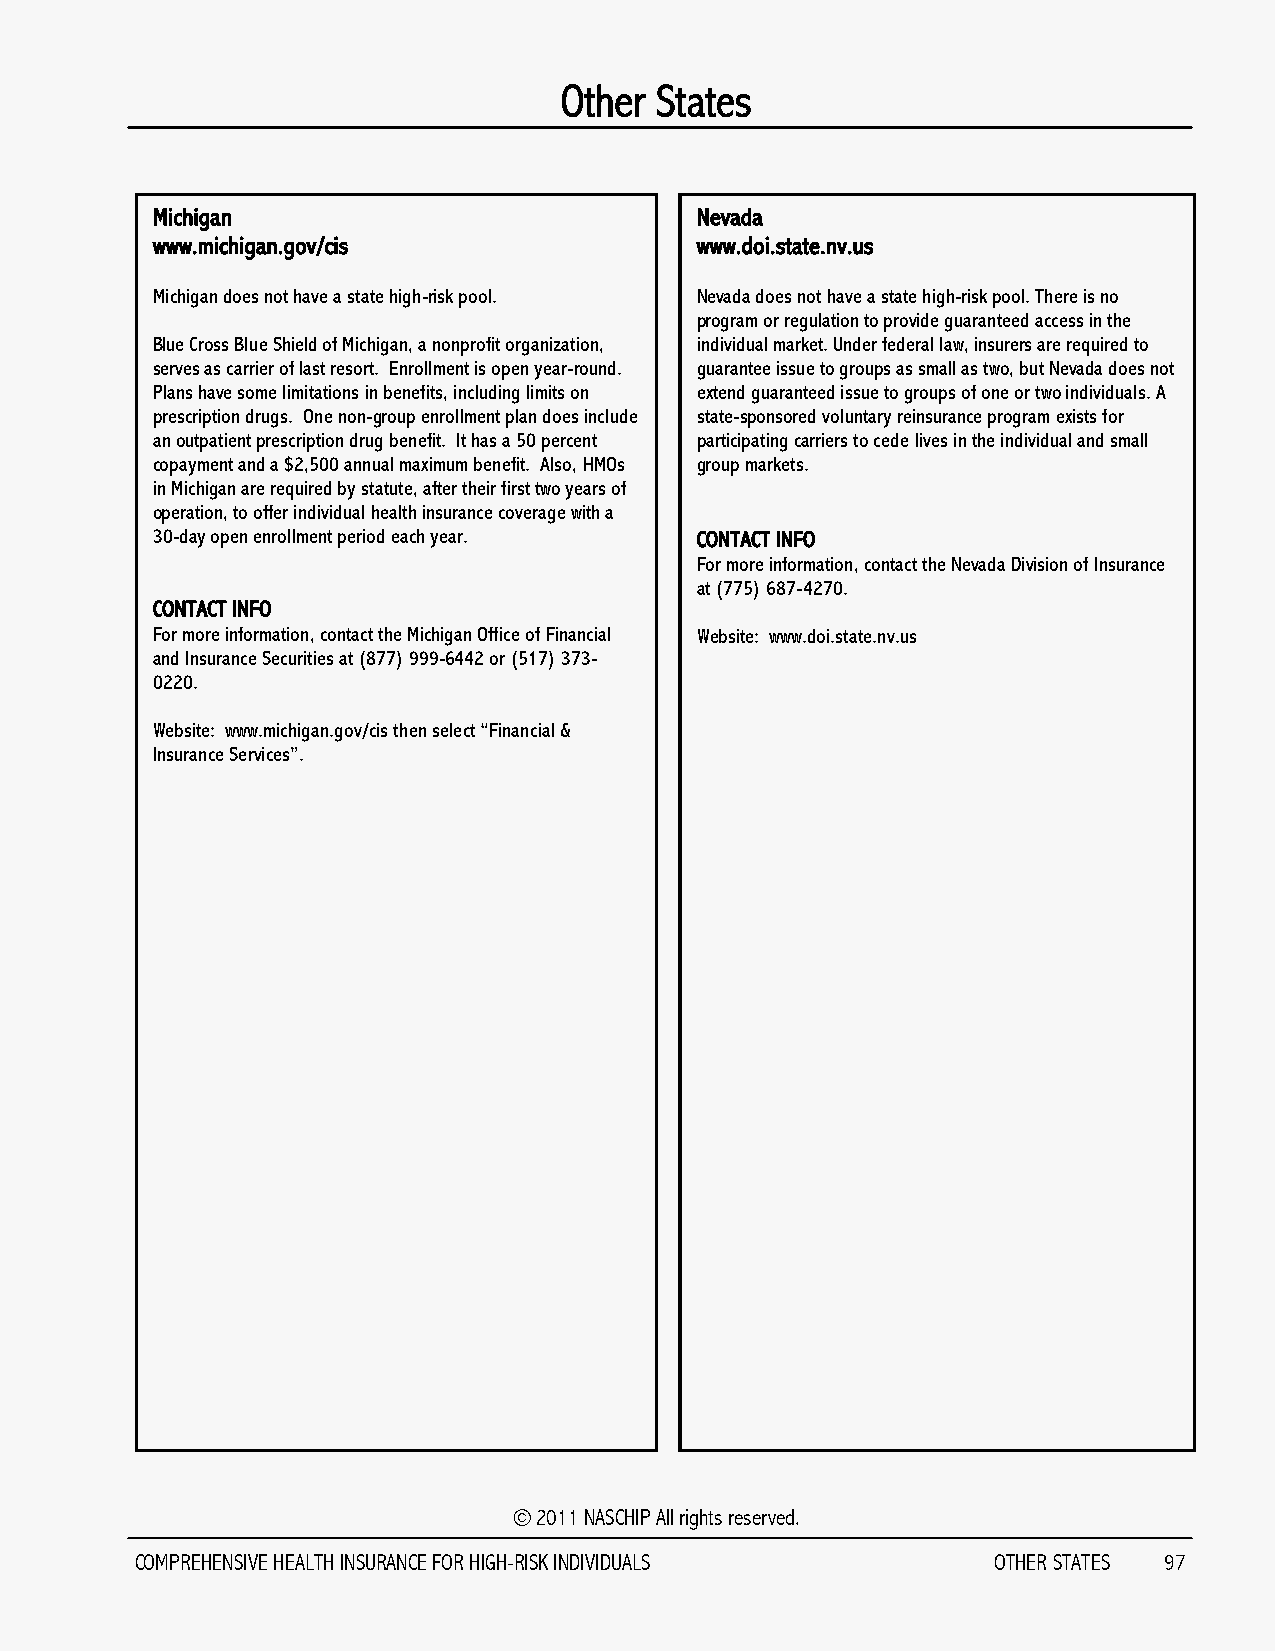
Other States
 Michigan                            Nevada
 www.michigan.gov/cis                www.doi.state.nv.us
 Michigan does not have a state high-risk pool. Nevada does not have a state high-risk pool. There is no
 program or regulation to provide guaranteed access in the
 Blue Cross Blue Shield of Michigan, a nonprofit organization, individual market. Under federal law, insurers are required to
 serves as carrier of last resort. Enrollment is open year-round. guarantee issue to groups as small as two, but Nevada does not
 Plans have some limitations in benefits, including limits on extend guaranteed issue to groups of one or two individuals. A
 prescription drugs. One non-group enrollment plan does include state-sponsored voluntary reinsurance program exists for
 an outpatient prescription drug benefit. It has a 50 percent participating carriers to cede lives in the individual and small
 copayment and a $2,500 annual maximum benefit. Also, HMOs group markets.
 in Michigan are required by statute, after their first two years of
 operation, to offer individual health insurance coverage with a
 30-day open enrollment period each year. CONTACT INFO
 For more information, contact the Nevada Division of Insurance
 at (775) 687-4270.
 CONTACT INFO
 For more information, contact the Michigan Office of Financial Website: www.doi.state.nv.us
 and Insurance Securities at (877) 999-6442 or (517) 373-
 0220.
 Website: www.michigan.gov/cis then select “Financial &
 Insurance Services”.
 © 2011 NASCHIP All rights reserved.
 COMPREHENSIVE HEALTH INSURANCE FOR HIGH-RISK INDIVIDUALS OTHER STATES 97